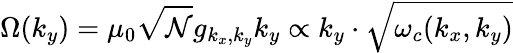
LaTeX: {\Omega}(k_{y})=\mu_{0}\sqrt{\mathcal{N}}g_{k_{x},k_{y}}k_{y}\propto k_{y}\cdot\sqrt{\omega_{c}(k_{x},k_{y})}